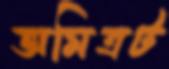
অমিত্রট